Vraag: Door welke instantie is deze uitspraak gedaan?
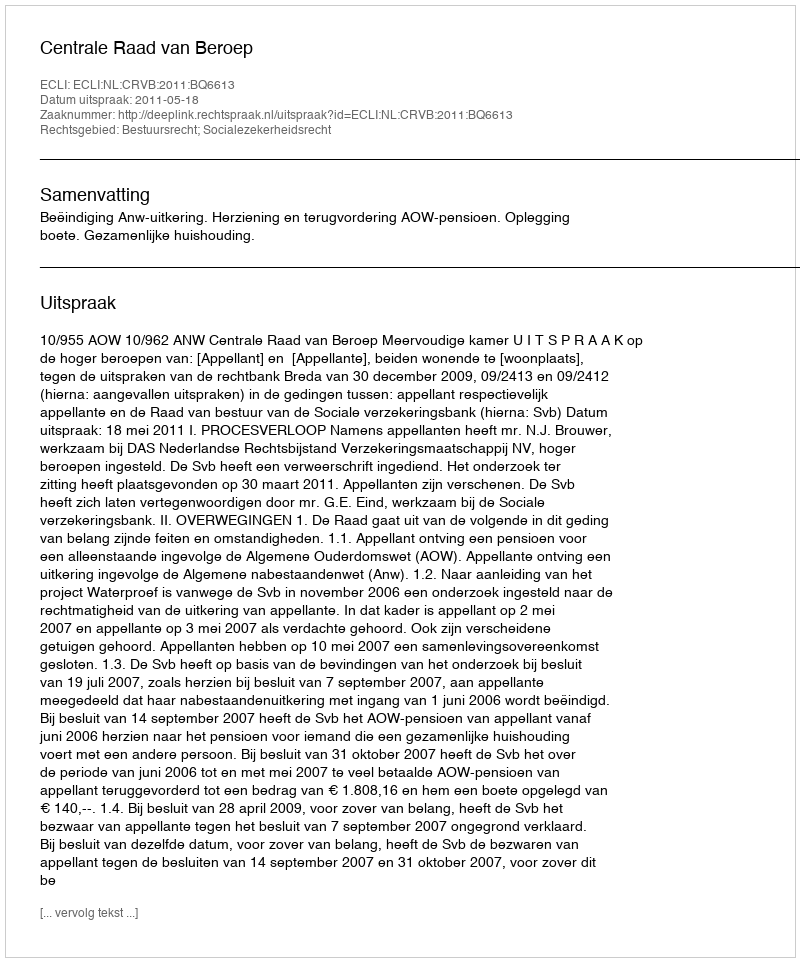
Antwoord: Centrale Raad van Beroep